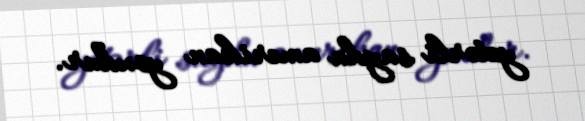
yetərli sayda amerikan yoxdur.